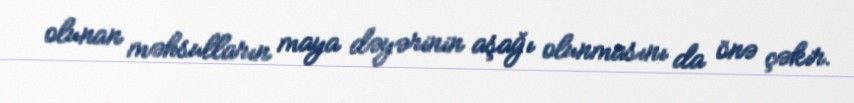
olunan məhsulların maya dəyərinin aşağı olunmasını da önə çəkir.